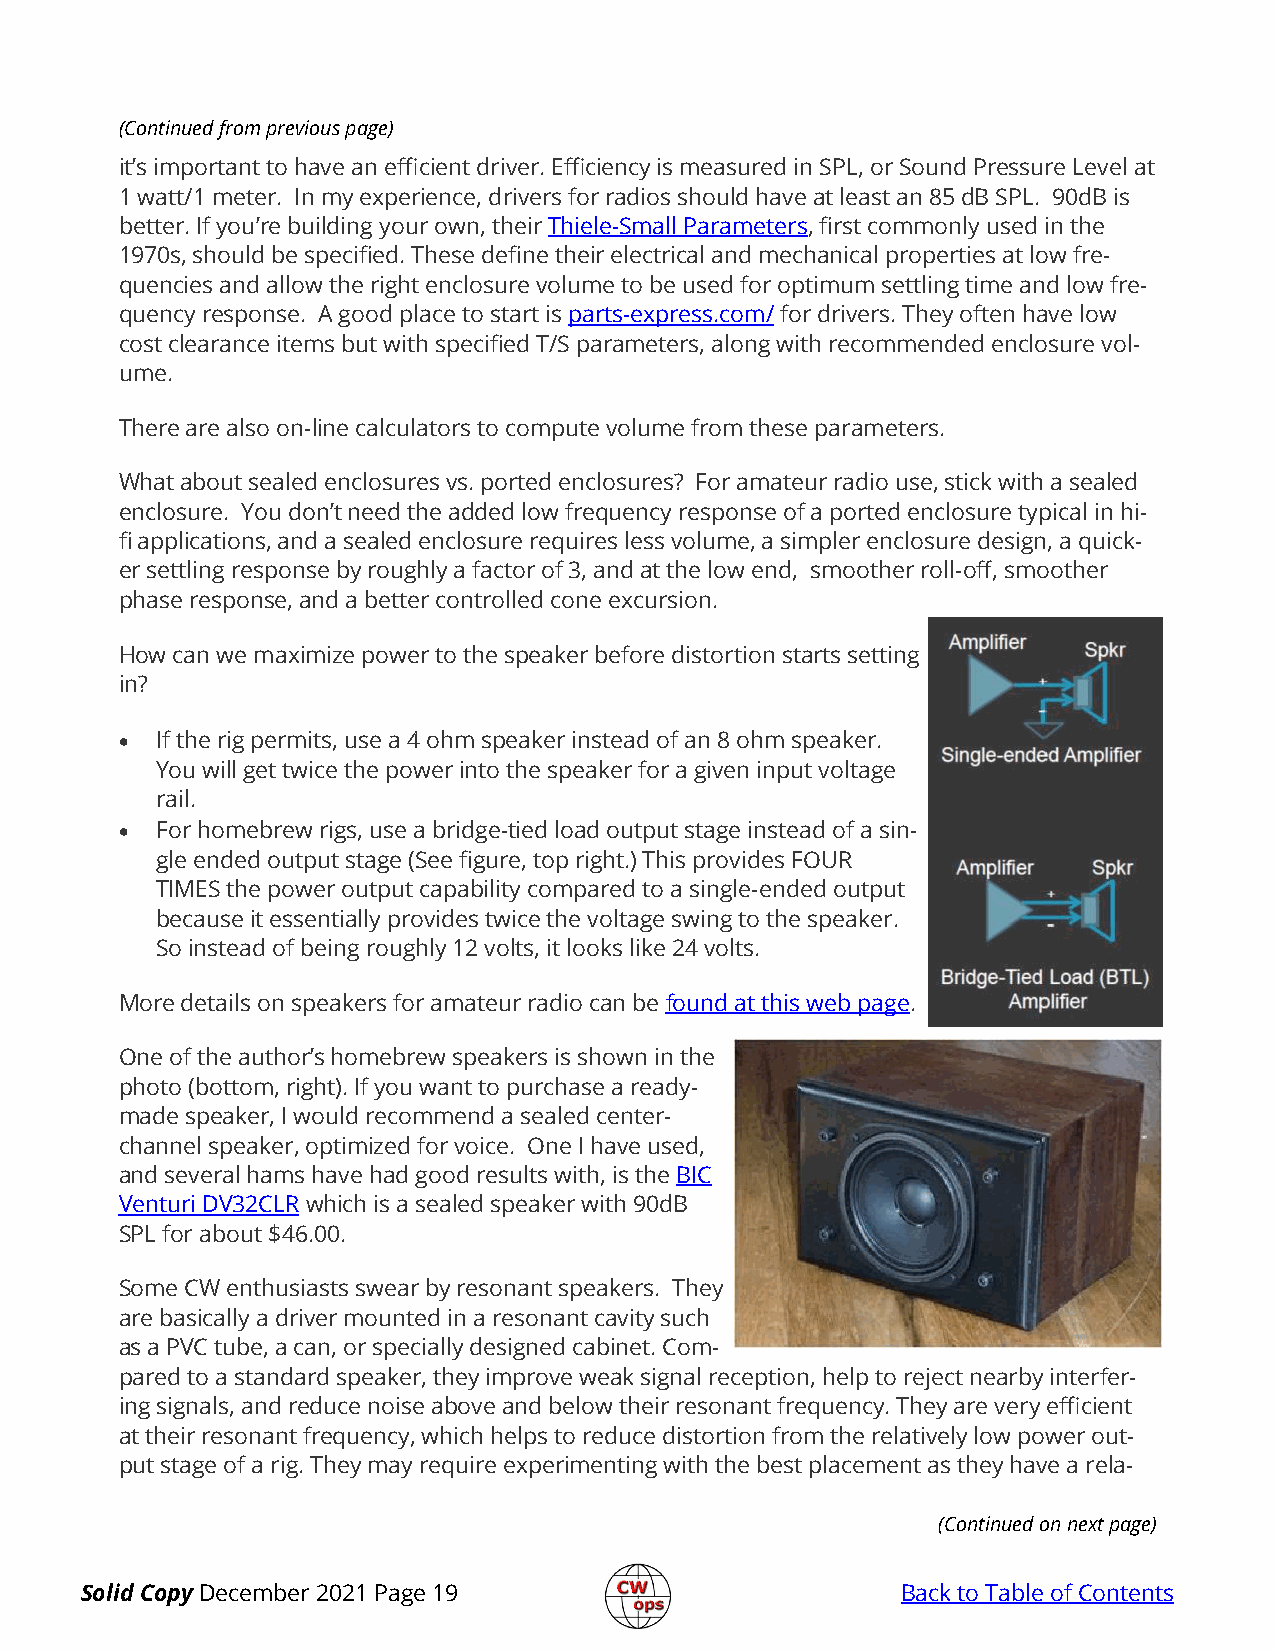
(Continued from previous page)
 it’s important to have an efficient driver. Efficiency is measured in SPL, or Sound Pressure Level at
 1 watt/1 meter. In my experience, drivers for radios should have at least an 85 dB SPL. 90dB is
 better. If you’re building your own, their Thiele-Small Parameters, first commonly used in the
 1970s, should be specified. These define their electrical and mechanical properties at low fre-
 quencies and allow the right enclosure volume to be used for optimum settling time and low fre-
 quency response. A good place to start is parts-express.com/ for drivers. They often have low
 cost clearance items but with specified T/S parameters, along with recommended enclosure vol-
 ume.
 There are also on-line calculators to compute volume from these parameters.
 What about sealed enclosures vs. ported enclosures? For amateur radio use, stick with a sealed
 enclosure. You don’t need the added low frequency response of a ported enclosure typical in hi-
 fi applications, and a sealed enclosure requires less volume, a simpler enclosure design, a quick-
 er settling response by roughly a factor of 3, and at the low end, smoother roll-off, smoother
 phase response, and a better controlled cone excursion.
 How can we maximize power to the speaker before distortion starts setting
 in?
 • If the rig permits, use a 4 ohm speaker instead of an 8 ohm speaker.
 You will get twice the power into the speaker for a given input voltage
 rail.
 • For homebrew rigs, use a bridge-tied load output stage instead of a sin-
 gle ended output stage (See figure, top right.) This provides FOUR
 TIMES the power output capability compared to a single-ended output
 because it essentially provides twice the voltage swing to the speaker.
 So instead of being roughly 12 volts, it looks like 24 volts.
 More details on speakers for amateur radio can be found at this web page.
 One of the author’s homebrew speakers is shown in the
 photo (bottom, right). If you want to purchase a ready-
 made speaker, I would recommend a sealed center-
 channel speaker, optimized for voice. One I have used,
 and several hams have had good results with, is the BIC
 Venturi DV32CLR which is a sealed speaker with 90dB
 SPL for about $46.00.
 Some CW enthusiasts swear by resonant speakers. They
 are basically a driver mounted in a resonant cavity such
 as a PVC tube, a can, or specially designed cabinet. Com-
 pared to a standard speaker, they improve weak signal reception, help to reject nearby interfer-
 ing signals, and reduce noise above and below their resonant frequency. They are very efficient
 at their resonant frequency, which helps to reduce distortion from the relatively low power out-
 put stage of a rig. They may require experimenting with the best placement as they have a rela-
 (Continued on next page)
 Solid Copy December 2021 Page 19                       Back to Table of Contents